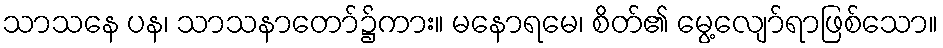
သာသနေ ပန၊ သာသနာတော်၌ကား။ မနောရမေ၊ စိတ်၏ မွေ့လျော်ရာဖြစ်သော။